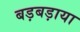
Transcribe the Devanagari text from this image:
बड़बड़ाया